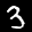
Label: 3